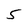
Character: 5